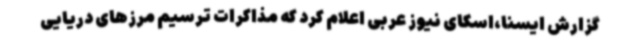
گزارش ایسنا،اسکای نیوز عربی اعلام کرد که مذاکرات ترسیم مرزهای دریایی